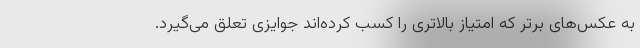
به عکس‌های برتر که امتیاز بالاتری را کسب کرده‌اند جوایزی تعلق می‌گیرد.